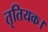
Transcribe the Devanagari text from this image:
तृतियक।